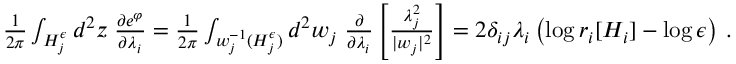
\begin{array} { r } { { \frac { 1 } { 2 \pi } } \int _ { H _ { j } ^ { \epsilon } } d ^ { 2 } z \; { \frac { \partial e ^ { \varphi } } { \partial \lambda _ { i } } } = { \frac { 1 } { 2 \pi } } \int _ { w _ { j } ^ { - 1 } ( H _ { j } ^ { \epsilon } ) } d ^ { 2 } w _ { j } \; { \frac { \partial } { \partial \lambda _ { i } } } \left[ { \frac { \lambda _ { j } ^ { 2 } } { | w _ { j } | ^ { 2 } } } \right] = 2 \delta _ { i j } \lambda _ { i } \left( \log r _ { i } [ H _ { i } ] - \log \epsilon \right) \, . } \end{array}